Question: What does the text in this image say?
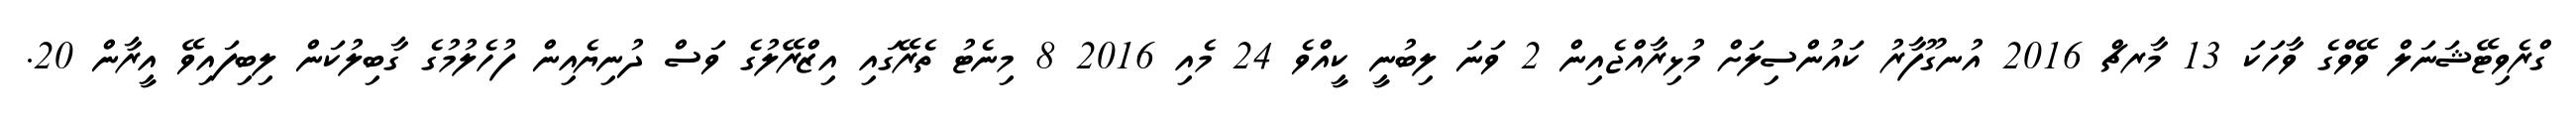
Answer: ގްރެވިޓޭޝަނަލް ވޭވްގެ ވާހަކަ 13 މާރޗް 2016 އުނގޫފާރު ކައުންސިލަށް މުޅިރާއްޖެއިން 2 ވަނަ ލިބުނީ ކީއްވެ 24 މެއި 2016 8 މިނެޓު ތެރޭގައި އިޒްރޭލުގެ ވަސް ދުނިޔެއިން ފުހެލުމުގެ ގާބިލުކަން ލިބިފައިވޭ އީރާން 20.